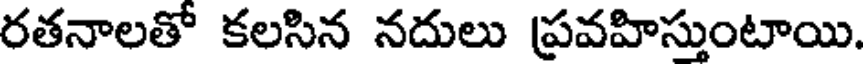
రతనాలతో కలసిన నదులు ప్రవహిస్తుంటాయి.